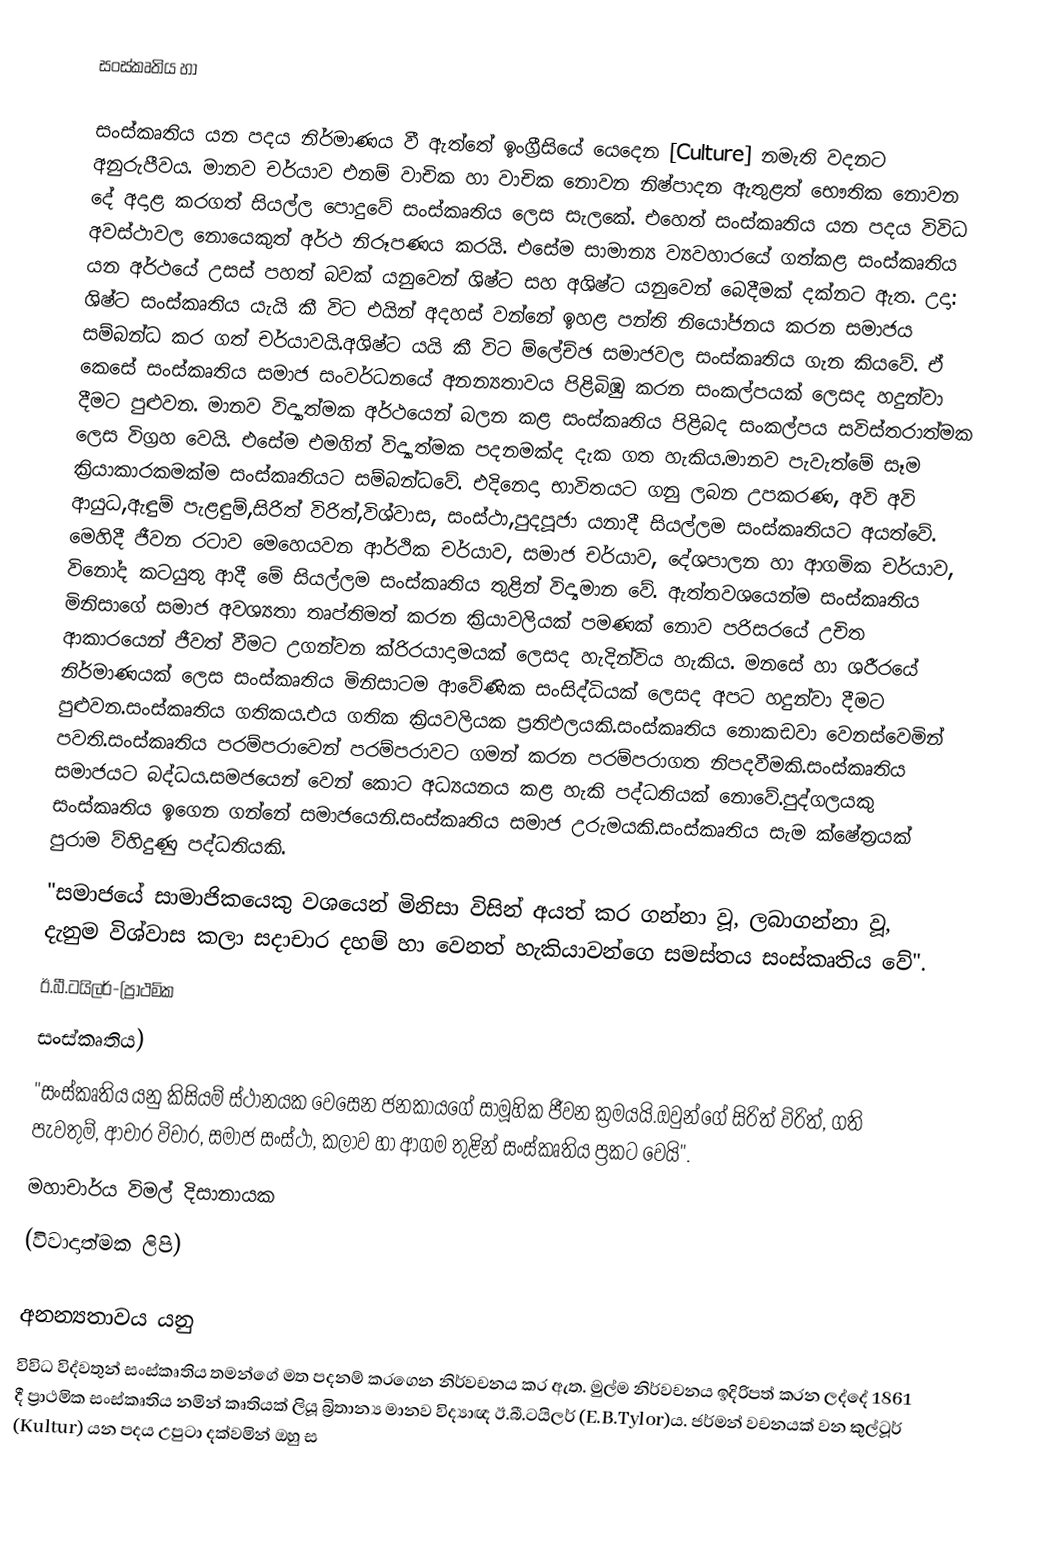
සංස්කෘතිය හා

සංස්කෘතිය යන පදය නිර්මාණය වී ඇත්තේ ඉංග්‍රීසියේ යෙදෙන [Culture] නමැති වදනට අනුරුපීවය. මානව චර්යාව එනම් වාචික හා වාචික ‍නොවන නිෂ්පාදන ඇතුළත් ‍‍භෞතික නොවන දේ අදාළ  කරගත් සියල්ල පොදු‍වේ සංස්කෘතිය ලෙස සැලකේ. එහෙත් සංස්කෘතිය යන පදය විවිධ අවස්ථාවල නොයෙකුත් අර්ථ නිරූපණය කරයි. එසේම සාමාන්‍ය ව්‍යවහාරයේ ගත්කළ සංස්කෘතිය යන අර්ථයේ උසස් පහත් බවක් යනුවෙන් ශිෂ්ට සහ අශිෂ්ට යනුවෙන් බෙදීමක් දක්නට ඇත. උදා: ශිෂ්ට සංස්කෘතිය යැයි කී විට එයින් අදහස් වන්නේ ඉහළ පන්ති නි‍යෝජනය කරන සමාජය සම්බන්ධ කර ගත් චර්යාවයි.අශිෂ්ට යයි කී විට ම්ලේච්ඡ සමාජවල සංස්කෘතිය ගැන කියවේ. ඒ කෙසේ සංස්කෘතිය සමාජ සංවර්ධනයේ අනන්‍යතාවය පිළිබිඹු කරන සංකල්පයක් ලෙසද හදුන්වා දීමට පුළුවන. මානව විද්‍යාත්මක අර්ථයෙන් බලන කළ සංස්කෘතිය පිළිබද සංකල්පය සවිස්තරාත්මක ලෙස විග්‍රහ වෙයි. එසේම එමගින් විද්‍යාත්මක පදනමක්ද දැක ගත හැකිය.මානව පැවැත්මේ සෑම ක්‍රියාකාරකමක්ම සංස්කෘතියට සම්බන්ධවේ. එදිනෙදා භාවිතයට ගනු ලබන උපකරණ, අවි අවි ආයුධ,ඇඳුම් පැළඳුම්,සිරිත් විරිත්,විශ්වාස, සංස්ථා,පුදපූජා යනාදී සියල්ලම සංස්කෘතියට අයත්වේ. මෙහිදී ජීවන රටාව මෙහෙයවන ආර්ථික චර්යාව, සමාජ චර්යාව, දේශපාලන හා ආගමික චර්යාව, විනෝද කටයුතු ආදී මේ සියල්ලම සංස්කෘතිය තුළින් විද්‍යමාන වේ. ඇත්තවශයෙන්ම සංස්කෘතිය මිනිසාගේ සමාජ අවශ්‍යතා තෘප්තිමත් කරන ක්‍රියාවලියක් පමණක් නොව පරිසරයේ උචිත ආකාරයෙන් ජීවත් වීමට උගන්වන ක්රිරයාදාමයක් ලෙසද හැදින්විය හැකිය. මනසේ හා ශරීරයේ නිර්මාණයක් ලෙස සංස්කෘතිය මිනිසාටම ආවේණික සංසිද්ධියක් ලෙසද අපට හදුන්වා දීමට පුළුවන.සංස්කෘතිය ගතිකය.එය ගතික ක්‍රියවලියක ප්‍රතිඵලයකි.සංස්කෘතිය නොකඩවා වෙනස්වෙමින් පවති.සංස්කෘතිය පරම්පරාවෙන් පරම්පරාවට ගමන් කරන පරම්පරාගත නිපදවීමකි.සංස්කෘතිය සමාජයට බද්ධය.සමජයෙන් වෙන් කොට අධ්‍යයනය කළ හැකි පද්ධතියක් නොවේ.පුද්ගලයකු සංස්කෘතිය ඉගෙන ගන්නේ සමාජයෙනි.සංස්කෘතිය සමාජ උරුමයකි.සංස්කෘතිය සැම ක්ෂේත්‍රයක් පුරාම ව්හිදුණු පද්ධතියකි.
"සමාජයේ සාමාජිකයෙකු වශයෙන් මිනිසා විසින් අයත් කර ගන්නා වූ, ලබාගන්නා වූ, දැනුම විශ්වාස කලා සදාචාර දහම් හා වෙනත් හැකියාවන්ගෙ සමස්තය සංස්කෘතිය වේ".
       ඊ.බී.ටයිලර්-(ප්‍රාථමික
                  සංස්කෘතිය)
"සංස්කෘතිය යනු කිසියම් ස්ථානයක වෙසෙන ජනකායගේ සාමූහික ජීවන ක්‍රමයයි.ඔවුන්ගේ සිරිත් විරිත්, ගති පැවතුම්, ආචාර විචාර, සමාජ සංස්ථා, කලාව හා ආගම තුළින් සංස්කෘතිය ප්‍රකට වෙයි".
      මහාචාර්ය විමල් දිසානායක
       (විවාදාත්මක ලිපි)

අනන්‍යතාවය යනු
විවිධ විද්වතුන් සංස්කෘතිය තමන්ගේ මත පදනම් කරගෙන නිර්වචනය කර ඇත. මුල්ම නිර්වචනය ඉදිරිපත් කරන ලද්දේ 1861 දී ප්‍රාථමික සංස්කෘතිය නමින් කෘතියක් ලියූ බ්‍රිතාන්‍ය මානව විද්‍යාඥ ඊ.බී.ටයිලර් (E.B.Tylor)ය. ජර්මන් වචනයක් වන කුල්ටූර් (Kultur) යන පදය උපුටා දක්වමින් ඔහු ස